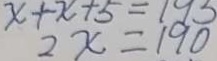
2 x = 1 9 0